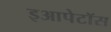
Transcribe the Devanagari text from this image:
इआपेटॉस